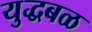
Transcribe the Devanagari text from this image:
युद्धबळ